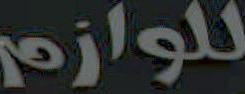
للوازم